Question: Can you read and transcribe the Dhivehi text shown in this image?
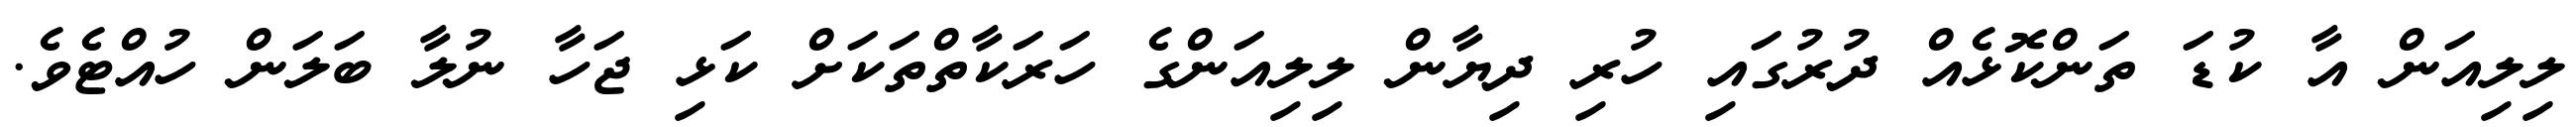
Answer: ލިލިއަން އާ ކުޑަ ތަންކޮޅެއް ދުރުގައި ހުރި ދިޔާން ލިލިއަންގެ ހަރަކާތްތަކަށް ކަޅި ޖަހާ ނުލާ ބަލަން ހުއްޓެވެ.